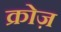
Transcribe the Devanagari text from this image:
क्रोज़